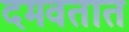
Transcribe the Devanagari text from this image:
दमवतात